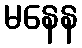
မနေန